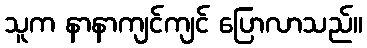
သူက နာနာကျင်ကျင် ပြောလာသည်။